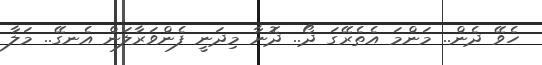
ހެވޭ ދެން.. މަންމަ އެތެރޭގަ ދޯ.. ދޮނާ މިދަނީ ފެންވަރާލަން އެނގޭ.. މަލާ